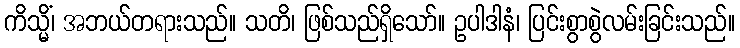
ကိသ္မိံ၊ အဘယ်တရားသည်။ သတိ၊ ဖြစ်သည်ရှိသော်။ ဥပါဒါနံ၊ ပြင်းစွာစွဲလမ်းခြင်းသည်။